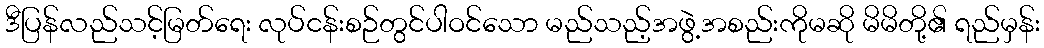
ဒီပြန်လည်သင့်မြတ်ရေး လုပ်ငန်းစဉ်တွင်ပါဝင်သော မည်သည့်အဖွဲ့အစည်းကိုမဆို မိမိတို့၏ ရည်မှန်း